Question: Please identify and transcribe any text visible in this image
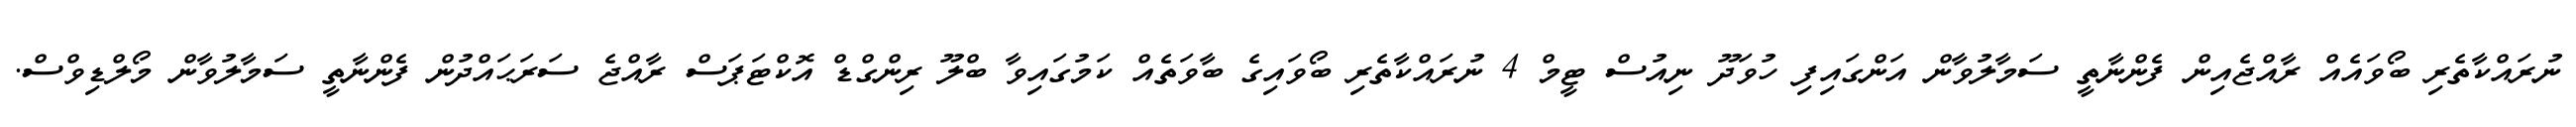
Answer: ނުރައްކާތެރި ބޯވައެއް ރާއްޖެއިން ފެންނާތީ ސަމާލުވާން އަންގައިފި ހުވަދޫ ނިއުސް ޓީމް 4 ނުރައްކާތެރި ބޯވައިގެ ބާވަތެއް ކަމުގައިވާ ބްލޫ ރިންގްޑް އޮކްޓަޕަސް ރާއްޖެ ސަރަޙައްދުން ފެންނާތީ ސަމާލުވާން މޯލްޑިވްސް.